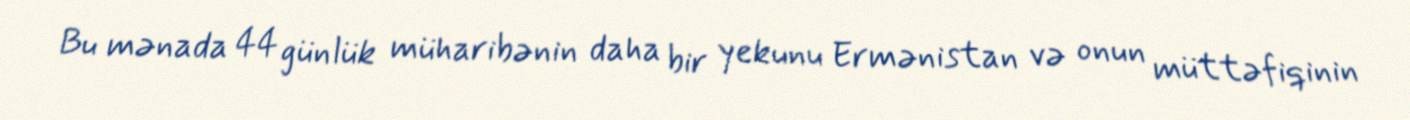
Bu mənada 44 günlük müharibənin daha bir yekunu Ermənistan və onun müttəfiqinin